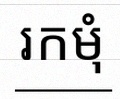
រកមុំ